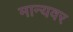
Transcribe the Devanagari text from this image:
मान्‍यवर